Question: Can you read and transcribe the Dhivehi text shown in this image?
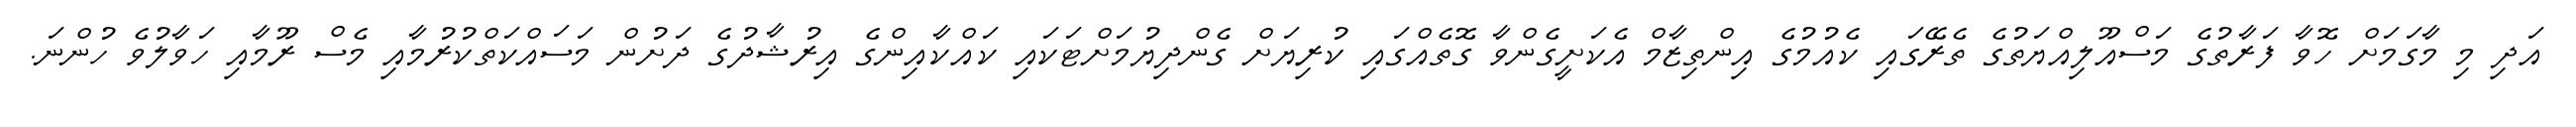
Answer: އަދި މި މާގަމަށް ހޮވާ ފަރާތުގެ މަސްއޫލިއްޔަތުގެ ތެރޭގައި ކެއުމުގެ އިންތިޒާމް އެކަށީގެންވާ ގޮތެއްގައި ކުރިޔަށް ގެންދިޔުމަށްޓަކައި ކައްކާއިންގެ އިރުޝާދުގެ ދަށުން މަސައްކަތްކުރުމާއި މެސް ރޫމާއި ހަވާލުވެ ހުންނަ.